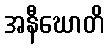
အနီဃောတိ